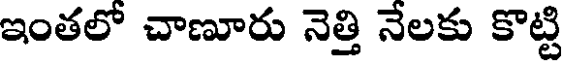
ఇంతలో చాణూరు నెత్తి నేలకు కొట్టి